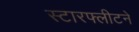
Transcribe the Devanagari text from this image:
स्टारफ्लीटने